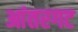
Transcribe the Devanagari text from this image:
आंतरगट